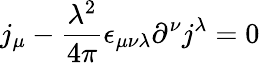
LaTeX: j_{\mu}-\frac{\lambda^{2}}{4\pi}\epsilon_{\mu\nu\lambda}\partial^{\nu}j^{\lambda}=0